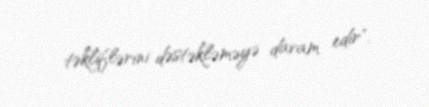
təkliflərini dəstəkləməyə davam edir".